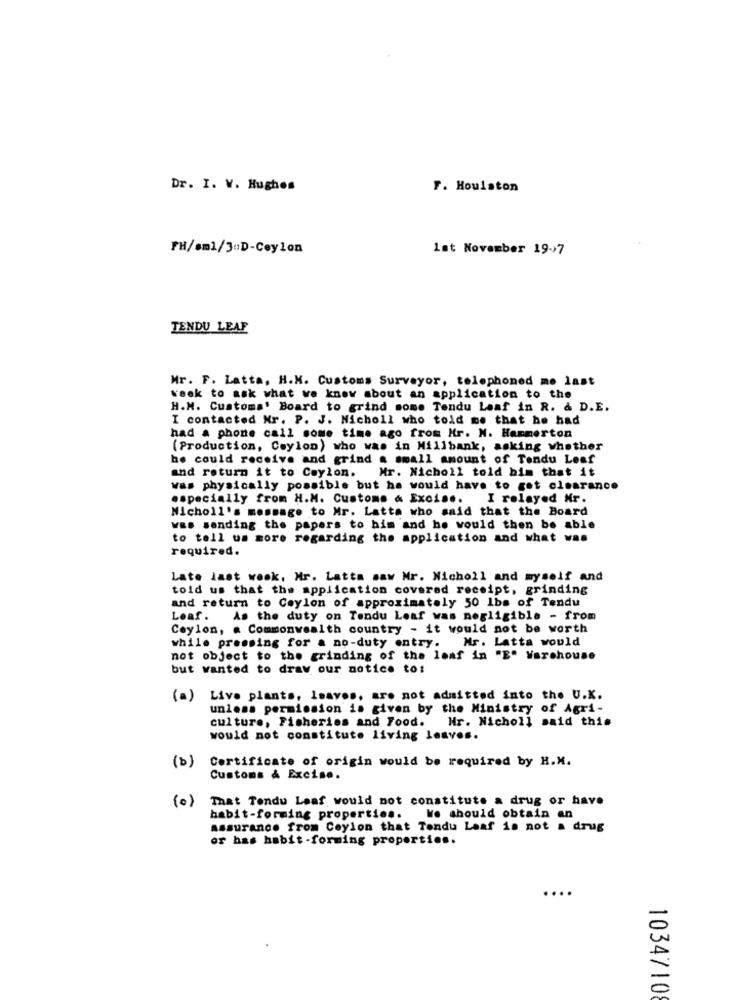
Dr. I. V. Hughes
F. Houlston
FH/sm1/30D-Ceylon
Ist November 19-7
TENDU LEAF
Mr. F. Latta, H.M. Customs Surveyor, telephoned me last
week to ask what we know about an application to the
H.M. Customs' Board to grind some Tendu Leaf in R. & D.E.
I contacted Nr. P. J. Nicholl who told me that he had
had a phone call some time ago from Hr. N. Hammerton
(Production, Ceylon) who was in Millbank, asking whether
he could receive and grind a small amount of Tendu Leaf
and return it to Ceylon. Mr. Nicholl told him that it
was physically possible but he would have to get clearance
especially from H.M. Customs & Excise. I relayed Mr.
Nicholl's message to Mr. Latta who said that the Board
was sending the papers to him and he would then be able
to tell us more regarding the application and what was
required.
Late last week, Mr. Latta saw Mr. Nicholl and myself and
told us that the application covered receipt, grinding
and return to Ceylon of approximately 50 lbs of Tendu
Leaf.
As the duty on Tendu Leaf was negligible - from
Ceylon, . Commonwealth country - it would not be worth
while pressing for a no-duty entry.
Mr. Latta would
not object to the grinding of the loaf in "E" Warehouse
but wanted to draw our notice to:
(a) Live plants, leaves, are not admitted into the U.K.
unless permission is given by the Ministry of Agri-
culture, Fisheries and Food.
Mr. Nicholl said this
would not constitute living lesvos.
(b)
Certificate of origin would be required by H.M.
Customs & Excise.
(0)
That Tendu Leaf would not constitute a drug or have
habit-forming properties.
We should obtain an
Assurance from Ceylon that Tendu Laaf is not a drug
or has habit -forming properties.
1034710